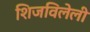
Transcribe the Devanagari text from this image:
शिजविलेली